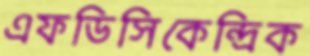
এফডিসিকেন্দ্রিক